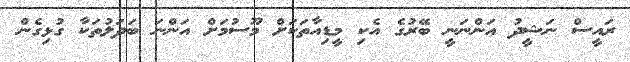
ރައީސް ނަޝީދު އަންނަނީ ބޭރުގެ އެކި މީޑިއާތަކަށް މޫސުމަށް އަންނަ ބަދަލުތަކާ ގުޅިގެން